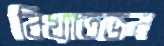
বিখ্যাতজন